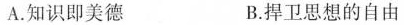
A.知识即美德 B.捍卫思想的自由